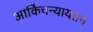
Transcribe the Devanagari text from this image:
आर्किचन्यायतन